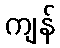
ကျန်